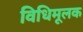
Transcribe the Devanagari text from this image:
विधिमूलक